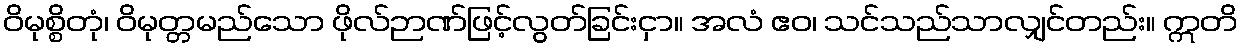
ဝိမုစ္စိတုံ၊ ဝိမုတ္တမည်သော ဖိုလ်ဉာဏ်ဖြင့်လွတ်ခြင်းငှာ။ အလံ ဧဝ၊ သင်သည်သာလျှင်တည်း။ ဣတိ